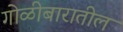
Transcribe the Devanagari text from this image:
गोळीबारातील